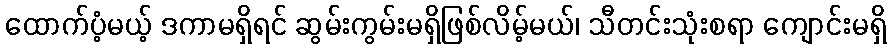
ထောက်ပံ့မယ့် ဒကာမရှိရင် ဆွမ်းကွမ်းမရှိဖြစ်လိမ့်မယ်၊ သီတင်းသုံးစရာ ကျောင်းမရှိ